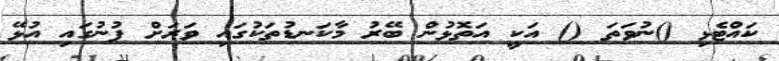
ކައްޓެޅި ()ނުވަތަ () އަކީ އަތޮޅުން ބޭރު މާކަނޑުތަކުގައި ވަރަށް ފުނުގައި އުޅޭ